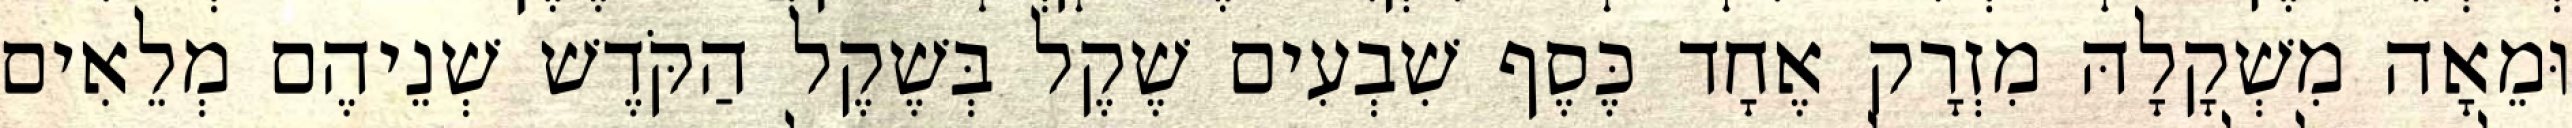
וּמֵאָה מִשְׁקָלָהּ מִזְרָק אֶחָד כֶּסֶף שִׁבְעִים שֶׁקֶל בְּשֶׁקֶל הַקֹּדֶשׁ שְׁנֵיהֶם מְלֵאִים